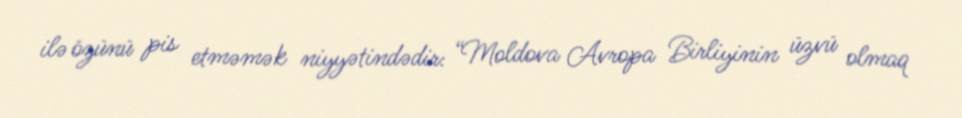
ilə özünü pis etməmək niyyətindədir: “Moldova Avropa Birliyinin üzvü olmaq